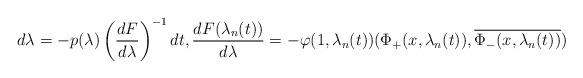
LaTeX: \begin{align*}d\lambda=-p(\lambda)\left( \frac{dF}{d\lambda}\right) ^{-1}dt,\frac{dF(\lambda_{n}(t))}{d\lambda}=-\varphi(1,\lambda_{n}(t))(\Phi_{+}(x,\lambda_{n}(t)),\overline{\Phi_{-}(x,\lambda_{n}(t))})\end{align*}